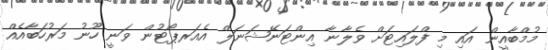
މުމްބާއީން އައި މި ފްލައިޓަށް ވެލާނާ އިންޓަނޭޝަނަލް އެއަރޕޯޓުން ވަނީ ހޫނު މަރުހަބާއެއް